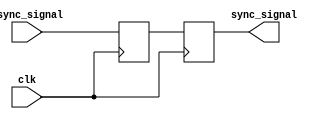
module synchronizer (
  input wire clk,
  input wire async_signal,
  output reg sync_signal
);

reg ff1, ff2;

always @(posedge clk) begin
  ff1 <= async_signal;
  ff2 <= ff1;
end

assign sync_signal = ff2;

endmodule